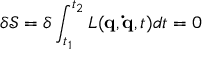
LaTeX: \delta { \mathcal { S } } = \delta \int _ { t _ { 1 } } ^ { t _ { 2 } } L ( \mathbf { q } , \mathbf { \dot { q } } , t ) d t = 0